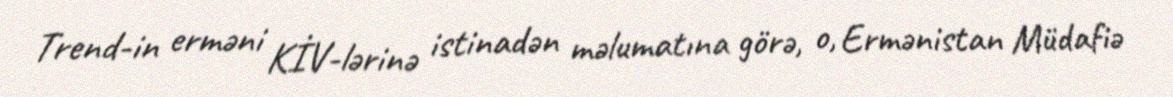
Trend-in erməni KİV-lərinə istinadən məlumatına görə, o, Ermənistan Müdafiə